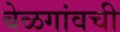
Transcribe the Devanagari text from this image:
बेळगांवची